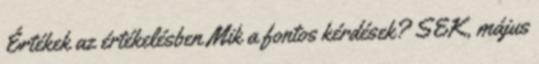
Értékek az értékelésben Mik a fontos kérdések? SEK, május